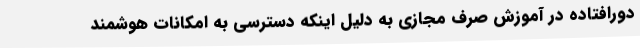
دورافتاده در آموزش صرف مجازی به دلیل اینکه دسترسی به امکانات هوشمند